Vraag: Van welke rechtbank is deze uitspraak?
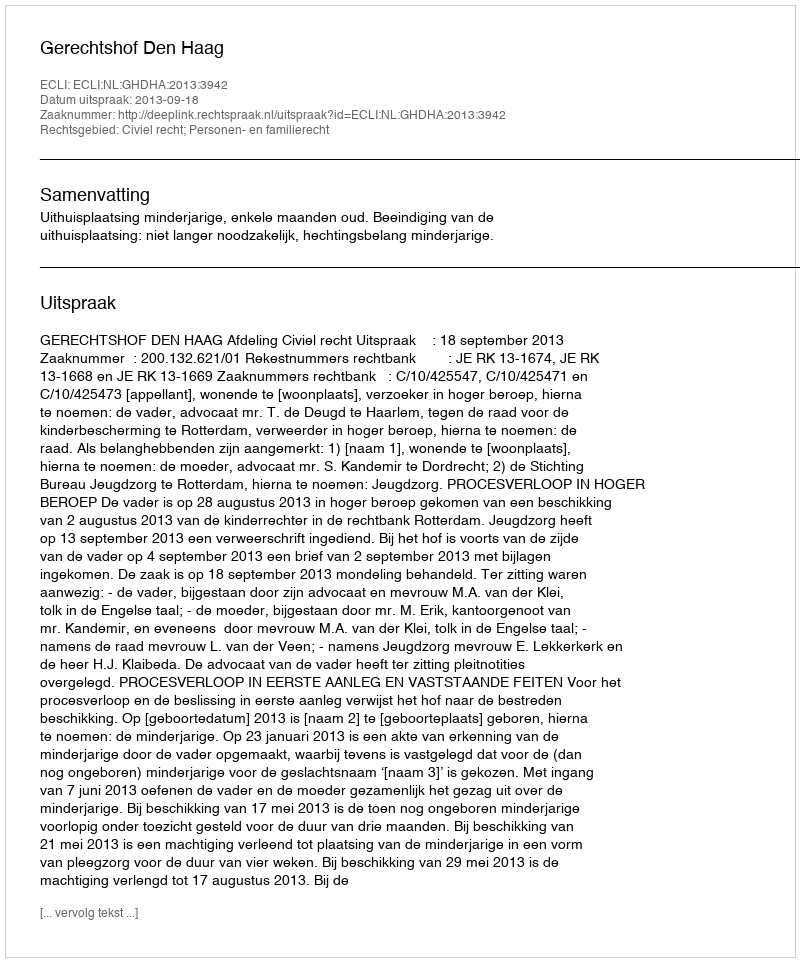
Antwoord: Gerechtshof Den Haag